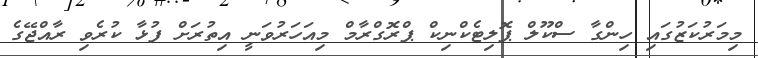
މިމަރުކަޒުގައި ހިންގާ ސްކޫލް ޕޮލިޓެކްނިކް ޕްރޮގްރާމް މިއަހަރުވަނީ އިތުރަށް ފުޅާ ކުރެވި ރާއްޖޭގެ